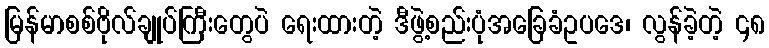
မြန်မာစစ်ဗိုလ်ချုပ်ကြီးတွေပဲ ရေးထားတဲ့ ဒီဖွဲ့စည်းပုံအခြေခံဥပဒေ၊ လွန်ခဲ့တဲ့ ၄၈